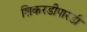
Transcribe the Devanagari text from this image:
शिकरडीपारडी